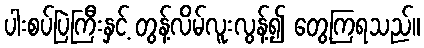
ပါးစပ်ပြဲကြီးနှင့် တွန့်လိမ်လူးလွန့်၍ တွေ့ကြရသည်။